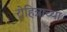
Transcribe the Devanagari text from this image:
रोहित्राच्या